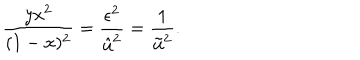
LaTeX: \frac { y x ^ { 2 } } { ( 1 - x ) ^ { 2 } } = \frac { \epsilon ^ { 2 } } { \hat { u } ^ { 2 } } = \frac { 1 } { \tilde { u } ^ { 2 } } .